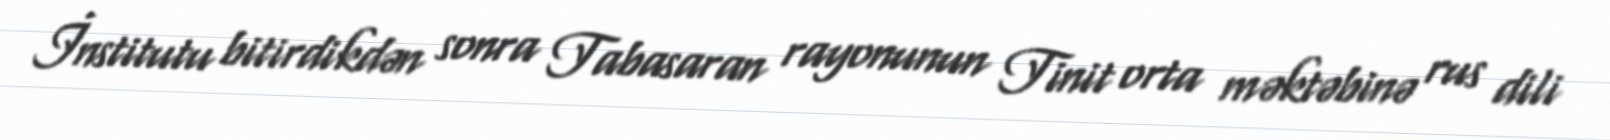
İnstitutu bitirdikdən sonra Tabasaran rayonunun Tinit orta məktəbinə rus dili